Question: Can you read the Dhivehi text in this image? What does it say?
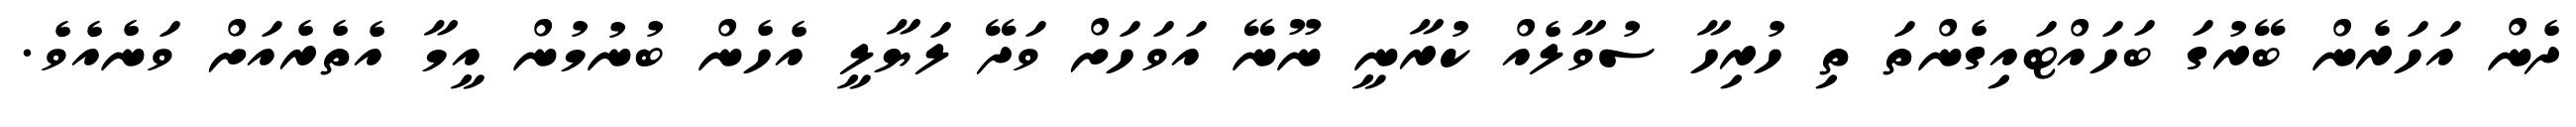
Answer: ދެން އަހަރެން ބޭރުގަ ބަހައްޓައިގެންތަ ތި ހުރިހާ ސުވާލެއް ކުރާނީ ނޫނޭ އަވަހަށް ވަދޭ ލަޔާލީ އެހެން ބުނުމުން އީމާ އެތެރެއަށް ވަނެއެވެ.